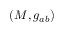
( M , g _ { a b } )